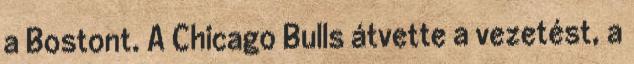
a Bostont. A Chicago Bulls átvette a vezetést, a